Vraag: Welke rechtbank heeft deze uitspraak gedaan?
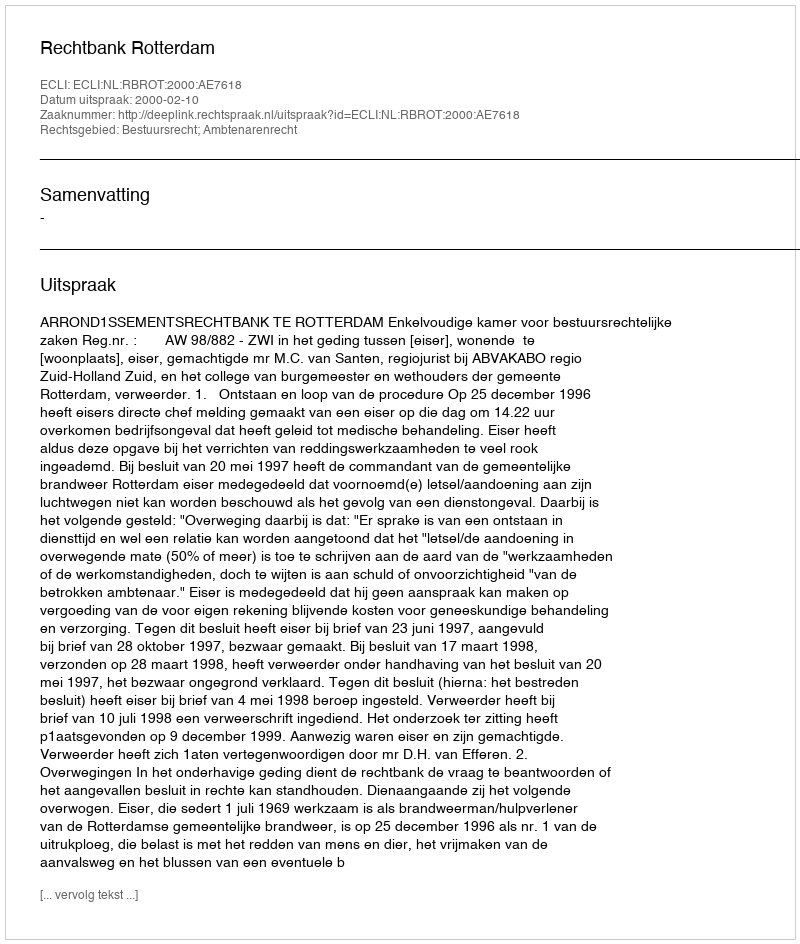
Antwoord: Rechtbank Rotterdam